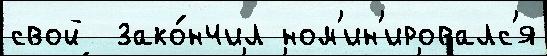
свой  зако́нчил ном'ин'ировалс'я